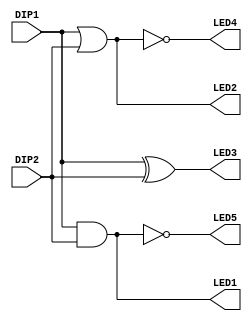
`timescale 1ns / 1ps

//////////////////////////////////////////////////////////////////////////////////

// Design Name: 2016440097 

//////////////////////////////////////////////////////////////////////////////////
// input a, b,
// output ow_and, ow_or, ow_nor, ow_nand, ow_xor);
// assign ow_and   = a & b;
// assign ow_or    = a | b;
// assign ow_xor   = a ^ b;
// assign ow_nor   = ~(a | b);
//   assign ow_nand  = ~(a & b);

module logic_gate(

    input DIP1, DIP2,
    output LED1, LED2, LED3, LED4, LED5);
    assign LED1   = DIP1 & DIP2;
    assign LED2    = DIP1 | DIP2;
    assign LED3   = DIP1 ^ DIP2;
    assign LED4   = ~(DIP1 | DIP2);
    assign LED5  = ~(DIP1 & DIP2);
endmodule